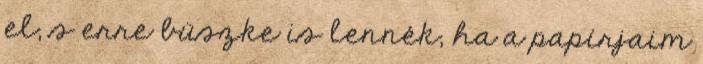
el, s erre büszke is lennék, ha a papírjaim